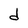
Character: d